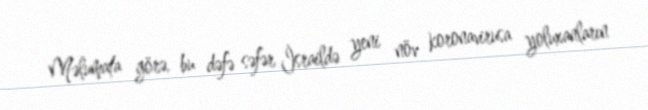
Məlumata görə, bu dəfə səfər İsraildə yeni növ koronavirusa yoluxanların